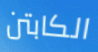
الكابتن